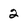
Character: 2